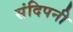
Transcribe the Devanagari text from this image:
संदिपनी